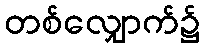
တစ်လျှောက်၌